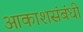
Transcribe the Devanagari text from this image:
आकाशसंबंधी